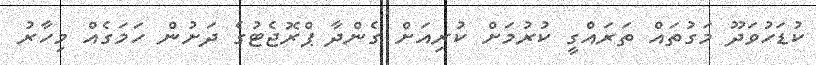
ކުޑަހުވަދޫ މަގުތައް ތަރައްގީ ކުރުމަށް ކުރިއަށް ގެންދާ ޕްރޮޖެޓުގެ ދަށުން ހަމަގެއް މިހާރު